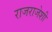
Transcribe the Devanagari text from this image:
राजराजेशी